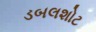
ડબલશોટ